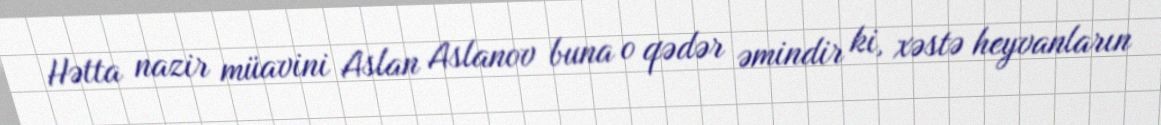
Hətta nazir müavini Aslan Aslanov buna o qədər əmindir ki, xəstə heyvanların